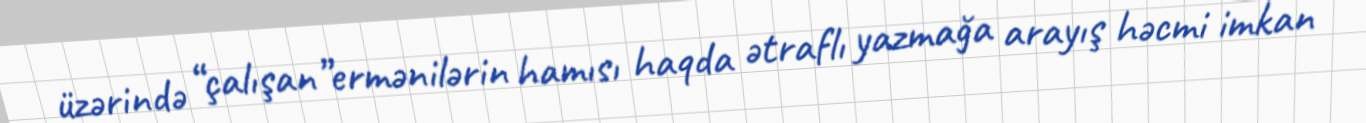
üzərində “çalışan”ermənilərin hamısı haqda ətraflı yazmağa arayış həcmi imkan